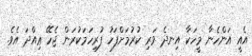
އެއީ އަންހެނާ މީހަކާ އިނދެ ވަރި ކުރުމަށްފަހު ފުރިހަމަކުރަން ޖެހޭ ޢިއްދަ އެވެ.